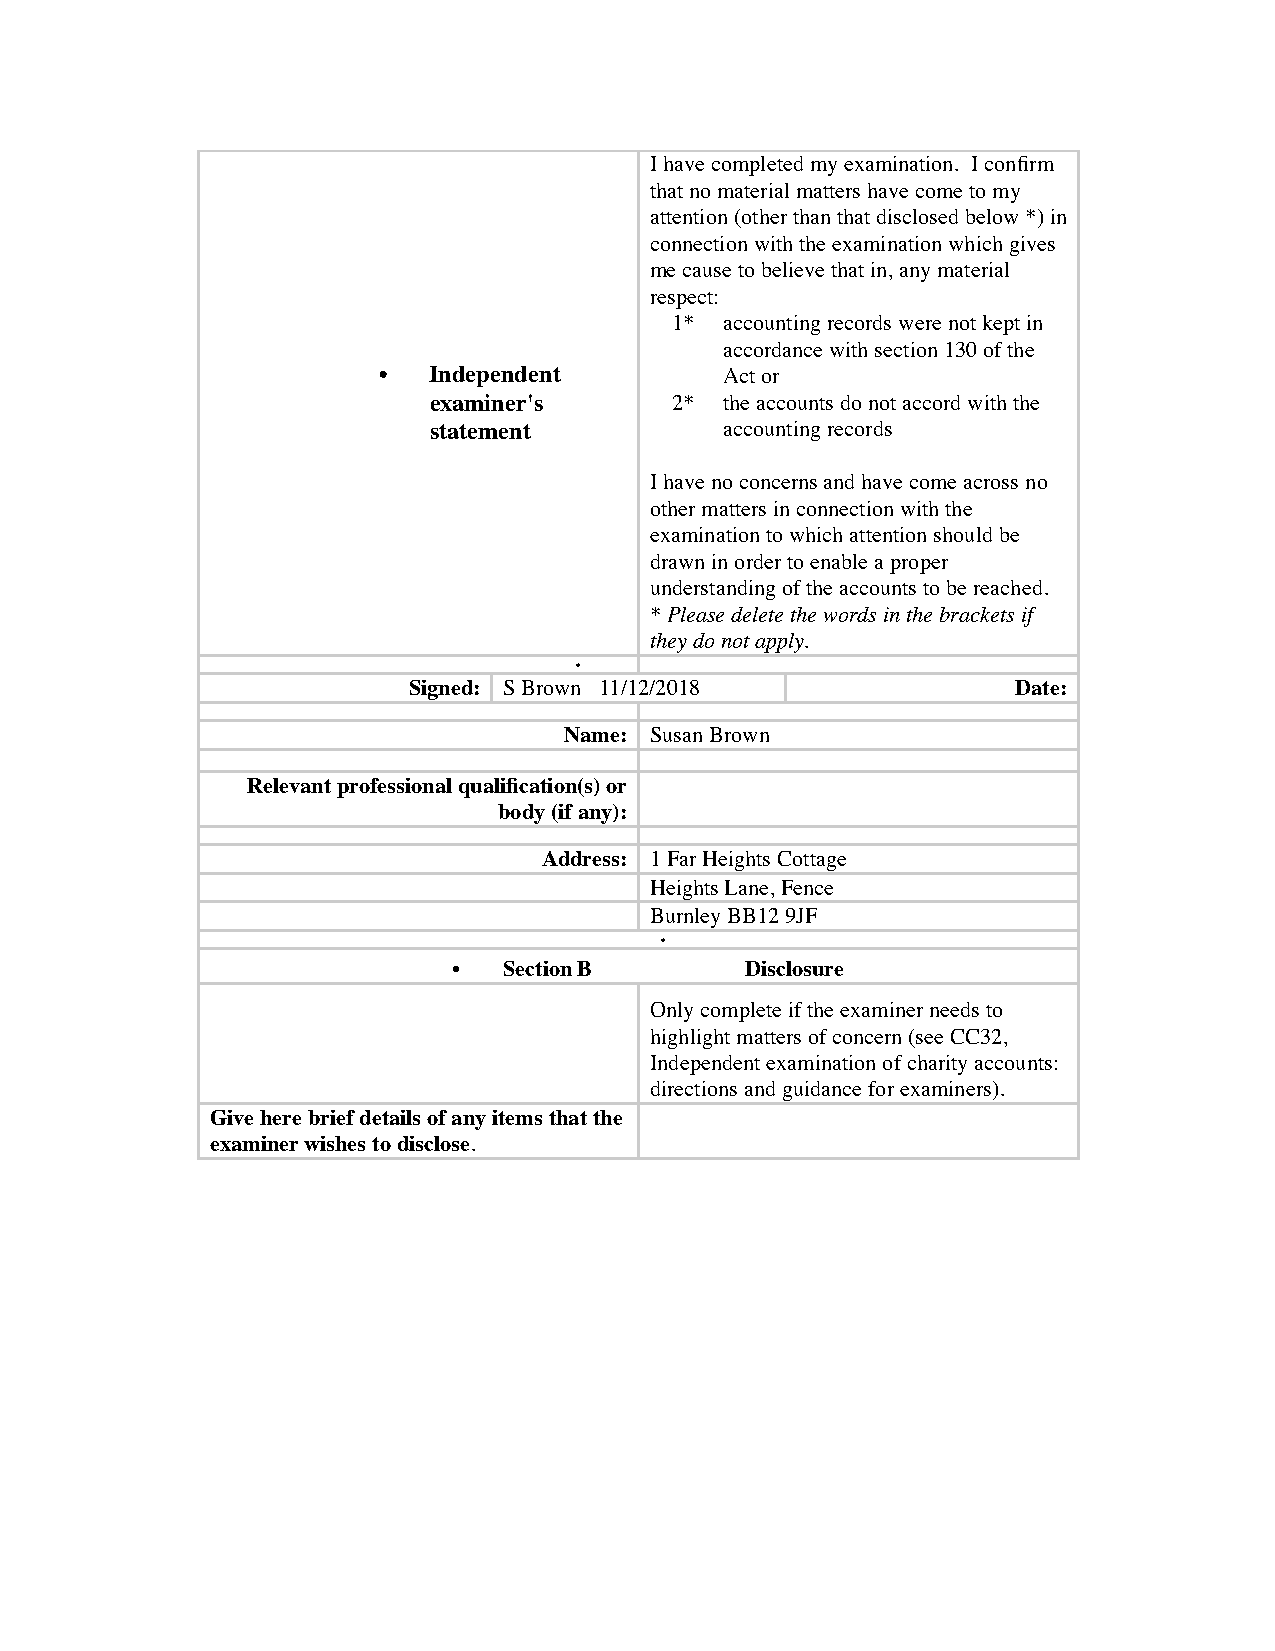
•
 Indepen
 dent
 examine             •
 r'srepor
 t on the
 accounts
 •      Section A      Independent Examiner’s
 Report
 •
 •
 Charity Name
 Report to the trustees/ members of
 Kids in Kailahan Charity No. 1129242
 On accounts for the year
 31st March 2018           Charity no (if any)
 ended
 Set out on pages
 (remember to include the page numbers of additional sheets)
 I report to the trustees on my examination of
 the accounts of the above charity (“the Trust”)
 for the year ended 31/03/2018.
 As the charity trustees of the Trust, you are
 responsible for the preparation of the accounts
 in accordance with the requirements of the
 Charities Act 2011 (“the Act”).
 Responsibilities and basis of report
 I report in respect of my examination of the
 Trust’s accounts carried out under section
 145 of the 2011 Act and in carrying out my
 examination, I have followed the applicable
 Directions given by the Charity Commission
 under section 145(5)(b) of the Act.
 I have completed my examination. I confirm
 that no material matters have come to my
 attention (other than that disclosed below *) in
 connection with the examination which gives
 me cause to believe that in, any material
 respect:
 1*  accounting records were not kept in
 accordance with section 130 of the
 •  Independent         Act or
 examiner's      2*  the accounts do not accord with the
 statement           accounting records
 I have no concerns and have come across no
 other matters in connection with the
 examination to which attention should be
 drawn in order to enable a proper
 understanding of the accounts to be reached.
 * Please delete the words in the brackets if
 they do not apply.
 •
 Signed: S Brown 11/12/2018              Date:
 Name: Susan Brown
 Relevant professional qualification(s) or
 body (if any):
 Address: 1 Far Heights Cottage
 Heights Lane, Fence
 Burnley BB12 9JF
 •
 •  Section B       Disclosure
 Only complete if the examiner needs to
 highlight matters of concern (see CC32,
 Independent examination of charity accounts:
 directions and guidance for examiners).
 Give here brief details of any items that the
 examiner wishes to disclose.